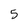
Character: 5